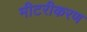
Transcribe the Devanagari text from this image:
मीटरीकरण